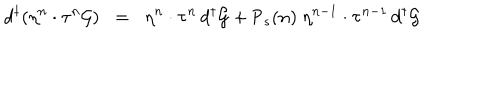
LaTeX: { d ^ { \dagger } } ( \eta ^ { n } \cdot \tau ^ { n } { \cal { G } } ) \; \; = \; \; \eta ^ { n } \cdot \tau ^ { n } \, { d ^ { \dagger } } { \cal { G } } + { \textsf { P } } _ { s } ( n ) \; \eta ^ { n - 1 } \cdot \tau ^ { n - 1 } \, { d ^ { \dagger } } { \cal { G } }